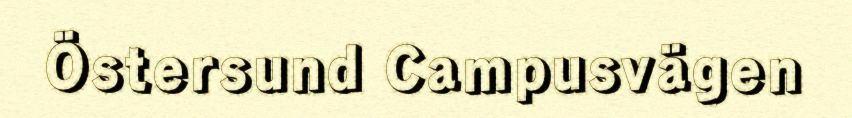
Östersund Campusvägen